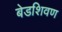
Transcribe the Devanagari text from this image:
बेडशिवण